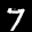
Label: 7